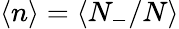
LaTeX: \langle n\rangle=\langle N_{-}/N\rangle